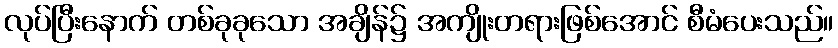
လုပ်ပြီးနောက် တစ်ခုခုသော အချိန်၌ အကျိုးတရားဖြစ်အောင် စီမံပေးသည်။